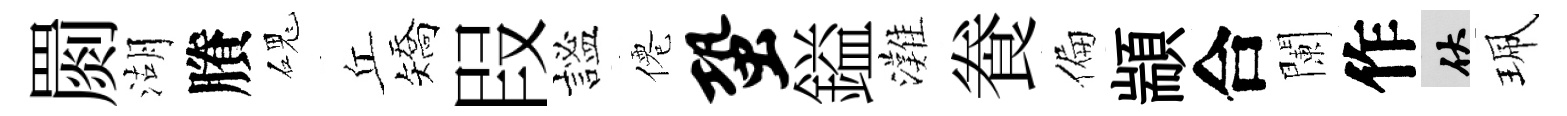
罽湖賸磈丘矯叚謐僊蛩鎰灘飬偏顓合闌作伏珮